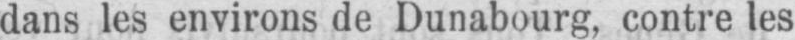
dans les environs de Dunabourg, contre les